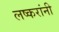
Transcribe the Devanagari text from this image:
लष्करांनी